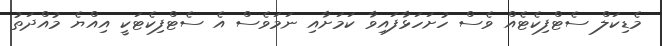
މެޑިކަލް ސެޓްފިކެޓެއް ވެސް ހުށަހަޅާފައިވާ ކަމަށާއި ނަމަވެސް އެ ސެޓްފިކެޓަކީ އިއްޔެ މުއްދަތު